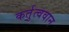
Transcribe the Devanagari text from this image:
कर्तुत्ववान